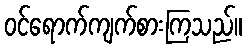
ဝင်ရောက်ကျက်စားကြသည်။